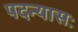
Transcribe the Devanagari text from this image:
पदन्यासः